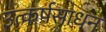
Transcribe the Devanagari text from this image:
उत्कर्षसाधन